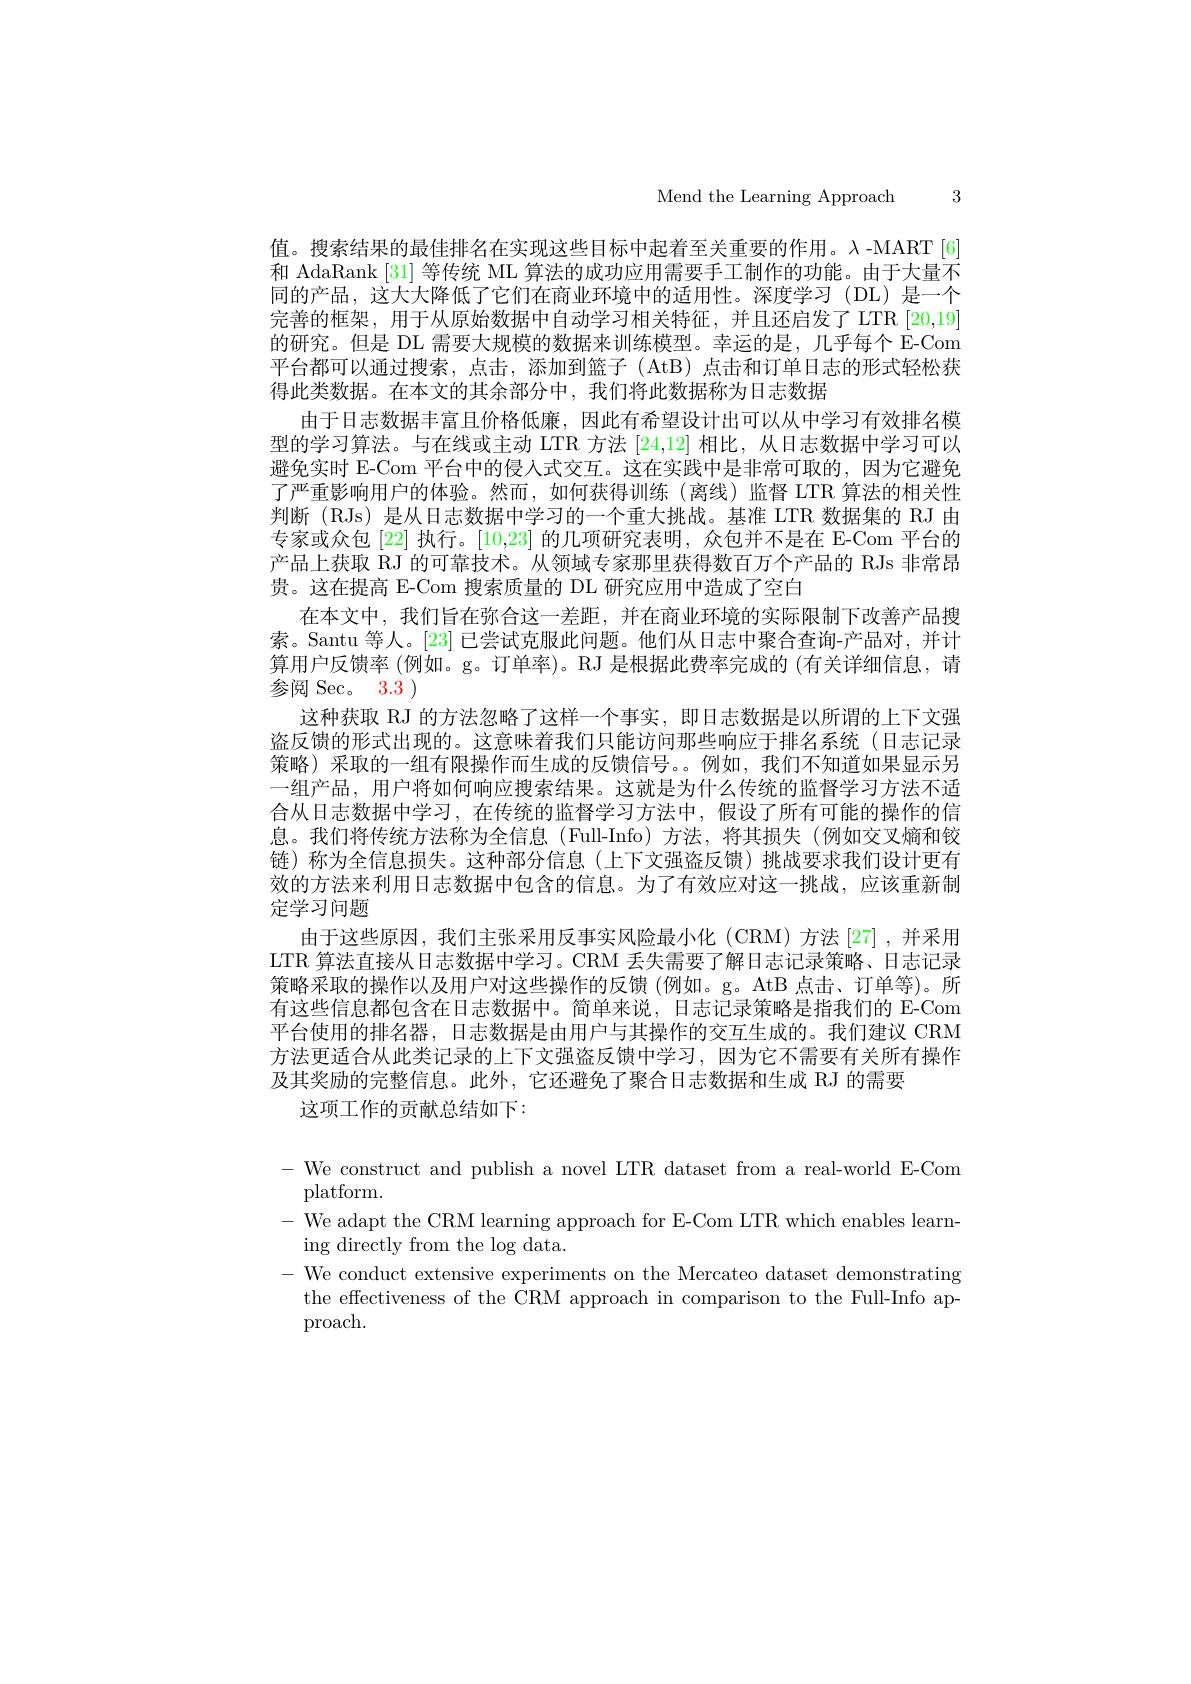
Mend the Learning Approach 3

值。搜索结果的最佳排名在实现这些目标中起着至关重要的作用。λ-MART[6] 和 AdaRank [31] 等传统 ML 算法的成功应用需要手工制作的功能。由于大量不同的产品，这大大降低了它们在商业环境中的适用性。深度学习(DL)是一个完善的框架，用于从原始数据中自动学习相关特征，并且还启发了 LTR [20,19] 的研究。但是 DL 需要大规模的数据来训练模型。幸运的是，几乎每个 E-Com 平台都可以通过搜索，点击，添加到篮子(AtB)点击和订单日志的形式轻松获得此类数据。在本文的其余部分中，我们将此数据称为日志数据
由于日志数据丰富且价格低廉，因此有希望设计出可以从中学习有效排名模型的学习算法。与在线或主动 LTR 方法 [24,12] 相比，从日志数据中学习可以避免实时 E-Com 平台中的侵人式交互。这在实践中是非常可取的，因为它避免了严重影响用户的体验。然而，如何获得训练(离线)监督 LTR 算法的相关性判断 (RJs) 是从日志数据中学习的一个重大挑战。基准 LTR 数据集的 RJ 由专家或众包[22] 执行。[10,23]的几项研究表明，众包并不是在 E-Com 平台的产品上获取 RJ 的可靠技术。从领域专家那里获得数百万个产品的 RJs 非常昂贵。这在提高 E-Com 搜索质量的 DL 研究应用中造成了空白
在本文中，我们旨在弥合这一差距，并在商业环境的实际限制下改善产品搜索。Santu 等人。[23] 已尝试克服此问题。他们从日志中聚合查询-产品对，并计算用户反馈率 (例如。g。订单率)。RJ 是根据此费率完成的 (有关详细信息，请参阅 Sec。3.3 )
这种获取 RJ 的方法忽略了这样一个事实，即日志数据是以所谓的上下文强盗反馈的形式出现的。这意味着我们只能访问那些响应于排名系统(日志记录策略)采取的一组有限操作而生成的反馈信号。。例如，我们不知道如果显示另一组产品，用户将如何响应搜索结果。这就是为什么传统的监督学习方法不适合从日志数据中学习，在传统的监督学习方法中，假设了所有可能的操作的信息。我们将传统方法称为全信息(Full-Info)方法，将其损失(例如交叉熵和铰链)称为全信息损失。这种部分信息(上下文强盗反馈)挑战要求我们设计更有效的方法来利用日志数据中包含的信息。为了有效应对这一挑战，应该重新制定学习问题
由于这些原因，我们主张采用反事实风险最小化 (CRM)方法 [27],并采用LTR 算法直接从日志数据中学习。CRM 丢失需要了解日志记录策略、日志记录策略采取的操作以及用户对这些操作的反馈(例如。g。AtB 点击、订单等)。所有这些信息都包含在日志数据中。简单来说，日志记录策略是指我们的 E-Com 平台使用的排名器，日志数据是由用户与其操作的交互生成的。我们建议 CRM 方法更适合从此类记录的上下文强盗反馈中学习，因为它不需要有关所有操作及其奖励的完整信息。此外，它还避免了聚合日志数据和生成 RJ 的需要
这项工作的贡献总结如下：

- We construct and publish a novel LTR dataset from a real-world E-Com
platform.
- We adapt the CRM learning approach for E-Com LTR which enables learn-
ing directly from the log data.
- We conduct extensive experiments on the Mercateo dataset demonstrating
the effectiveness of the CRM approach in comparison to the Full-Info ap-
proach.